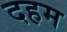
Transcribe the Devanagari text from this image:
दहम